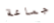
جماعة